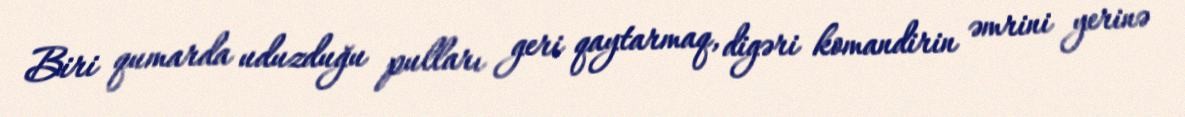
Biri qumarda uduzduğu pulları geri qaytarmaq, digəri komandirin əmrini yerinə